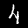
Digit: 4